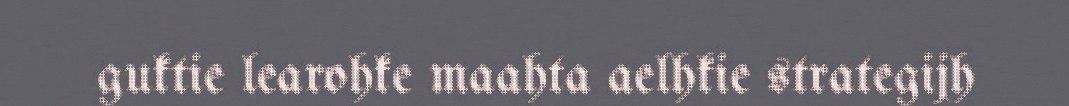
guktie learohke maahta aelhkie strategijh